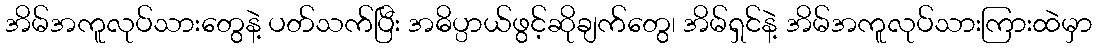
အိမ်အကူလုပ်သားတွေနဲ့ ပတ်သက်ပြီး အဓိပ္ပာယ်ဖွင့်ဆိုချက်တွေ၊ အိမ်ရှင်နဲ့ အိမ်အကူလုပ်သားကြားထဲမှာ